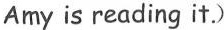
Amy is reading it.)